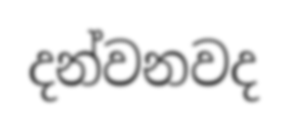
දන්වනවද